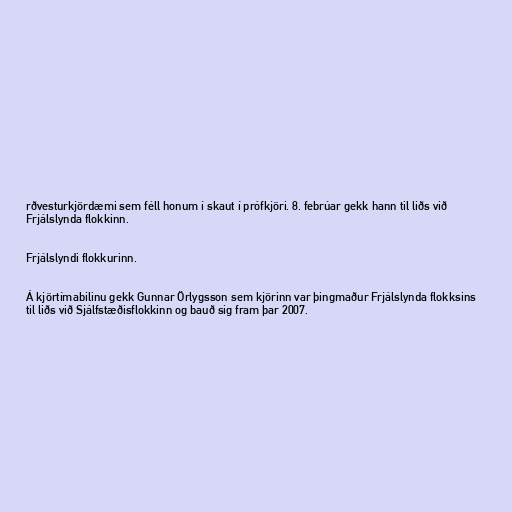
rðvesturkjördæmi sem féll honum í skaut í prófkjöri. 8. febrúar gekk hann til liðs við
Frjálslynda flokkinn.

Frjálslyndi flokkurinn.

Á kjörtímabilinu gekk Gunnar Örlygsson sem kjörinn var þingmaður Frjálslynda flokksins
til liðs við Sjálfstæðisflokkinn og bauð sig fram þar 2007.